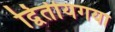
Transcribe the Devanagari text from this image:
द्वितीयगया